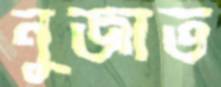
নুজাত